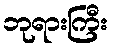
ဘုရားကြီး